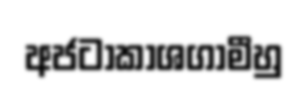
අජටාකාශගාමීහු